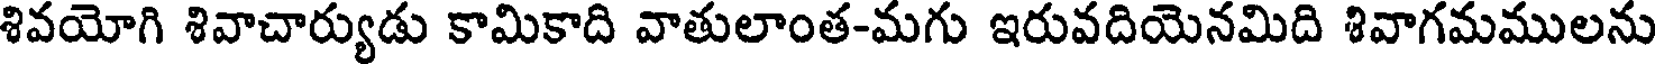
శివయోగి శివాచార్యుడు కామికాది వాతులాంత-మగు ఇరువదియెనమిది శివాగమములను